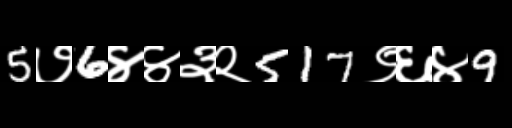
Text: 5७6४४३२517९६४9